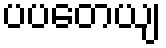
ပပတေယျ